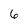
Character: 6